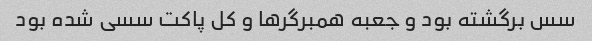
سس برگشته بود و جعبه همبرگرها و کل پاکت سسی شده بود